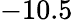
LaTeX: -10.5